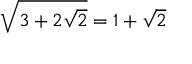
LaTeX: { \sqrt { 3 + 2 { \sqrt { 2 } } } } = 1 + { \sqrt { 2 } }